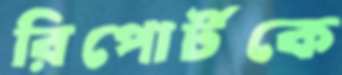
রিপোর্টকে